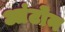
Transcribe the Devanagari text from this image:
आंटोन